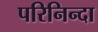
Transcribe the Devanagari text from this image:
परिनिन्दा